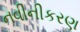
નવીનીકરણ